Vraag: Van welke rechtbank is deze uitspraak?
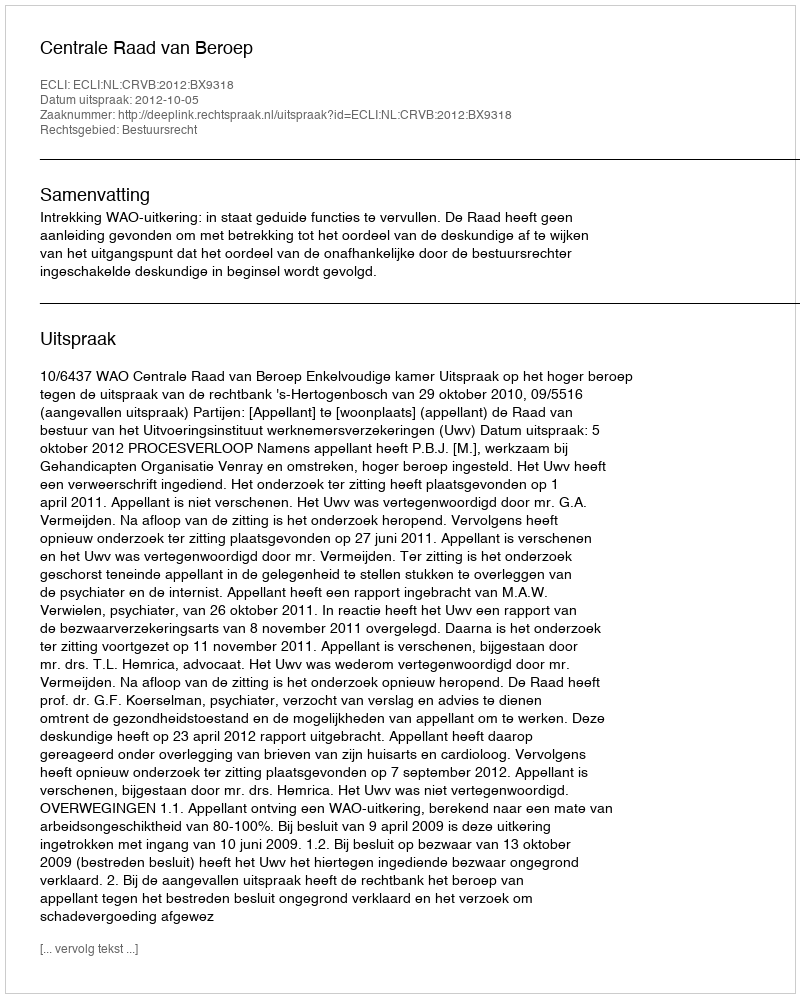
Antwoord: Centrale Raad van Beroep